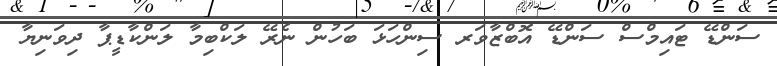
ސަންޑޭ ޓައިމްސް ސަންޑޭ އޮބްޒާވަރ ސިންހަޅަ ބަހުން ނެރޭ ލަކްބިމާ ލަންކާޑީޕާ ދިވަނިޔާ